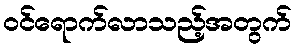
ဝင်ရောက်လာသည့်အတွက်